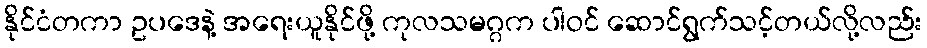
နိုင်ငံတကာ ဥပဒေနဲ့ အရေးယူနိုင်ဖို့ ကုလသမဂ္ဂက ပါဝင် ဆောင်ရွက်သင့်တယ်လို့လည်း